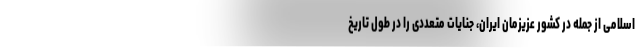
اسلامی از جمله در کشور عزیزمان ایران، جنایات متعددی را در طول تاریخ